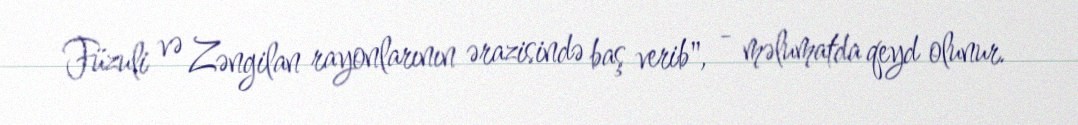
Füzuli və Zəngilan rayonlarının ərazisində baş verib", - məlumatda qeyd olunur.